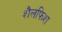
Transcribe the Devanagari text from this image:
शैलफिश